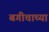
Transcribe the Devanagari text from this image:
बगीचाच्या